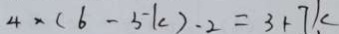
4 \times ( 6 - 5 k ) - 2 = 3 + 7 k